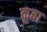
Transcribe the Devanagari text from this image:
कूबा